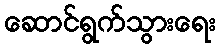
ဆောင်ရွက်သွားရေး